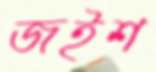
জইশ